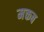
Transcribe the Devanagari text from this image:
मक्तब